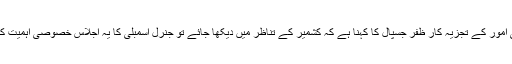
بین الاقوامی امور کے تجزیہ کار ظفر جسپال کا کہنا ہے کہ کشمیر کے تناظر میں دیکھا جائے تو جنرل اسمبلی کا یہ اجلاس خصوصی اہمیت کا حامل ہے۔